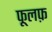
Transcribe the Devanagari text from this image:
फूलफ़